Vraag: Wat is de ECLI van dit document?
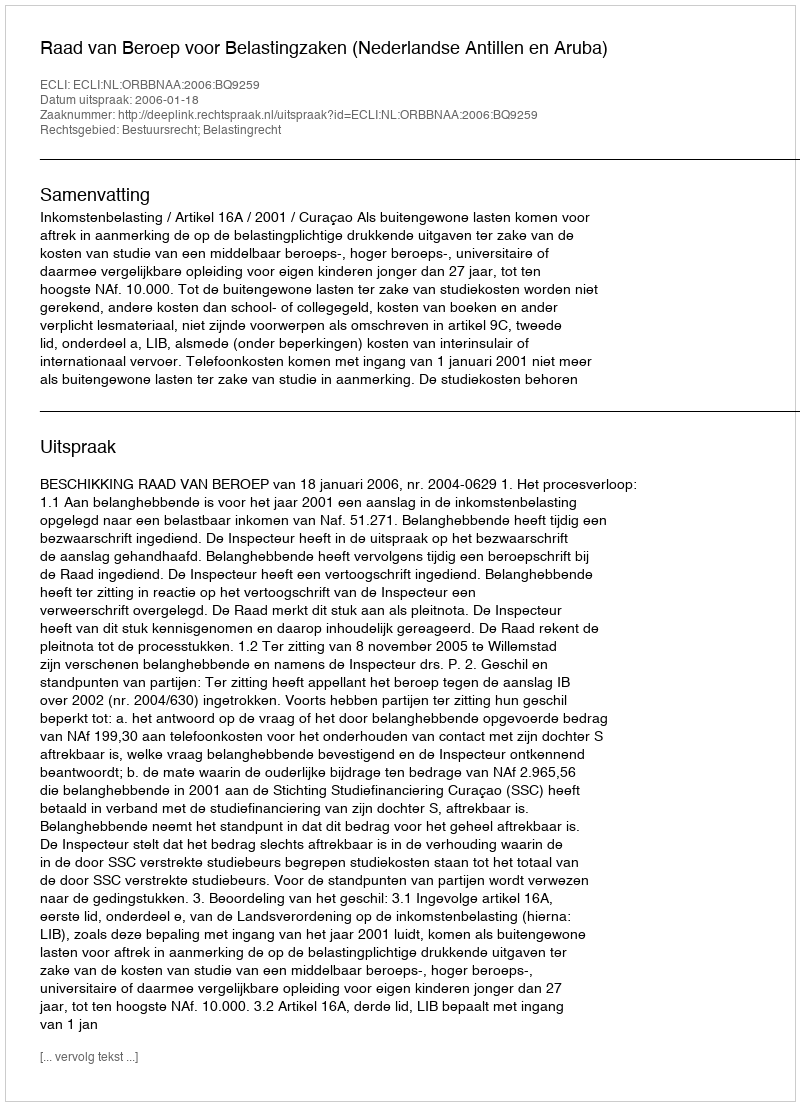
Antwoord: ECLI:NL:ORBBNAA:2006:BQ9259